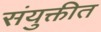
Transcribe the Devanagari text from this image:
संयुक्तीत